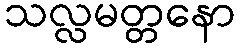
သလ္လမတ္တနော